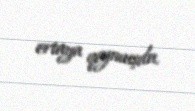
ortaya qoymuşdu.